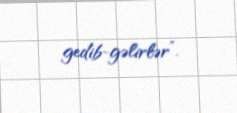
gedib-gəlirlər”.